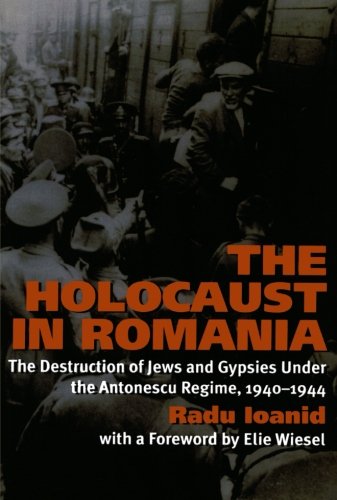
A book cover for The Holocaust in Romania: The Destruction of Jews and Gypsies Under the Antonescu Regime, 1940-1944; Radu Ioanid; History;